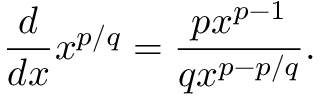
{ \frac { d } { d x } } x ^ { p / q } = { \frac { p x ^ { p - 1 } } { q x ^ { p - p / q } } } .